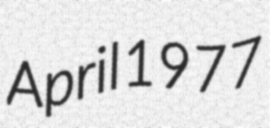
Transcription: April 1977